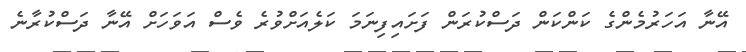
އޭނާ އަހަރުމެންގެ ކަންކަން ދަސްކުރަން ފަށައިފިނަމަ ކަލެއަށްވުރެ ވެސް އަވަހަށް އޭނާ ދަސްކުރާނެ